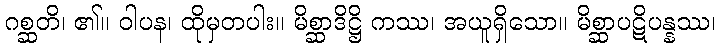
ဂစ္ဆတိ၊ ၏။ ဝါပန၊ ထိုမှတပါး။ မိစ္ဆာဒိဋ္ဌိ ကဿ၊ အယူရှိသော။ မိစ္ဆာပဋိပန္နဿ၊